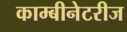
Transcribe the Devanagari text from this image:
काम्बीनेटरीज